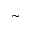
\sim